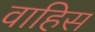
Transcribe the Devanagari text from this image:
वाहिस